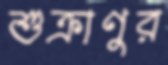
শুক্রাণুর